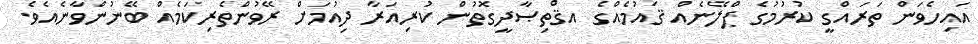
އައިހެވަން ތަރައްގީ ކުރުމުގެ ޕްލޭނެއް ޤައުމެއްގެ އޤްތިޞާދީގޮތުން ކުރިއަރާ ދިއުމަށް ރޭވުންތެރިކަމެއް ބޭނުންވާނެއެވެ.